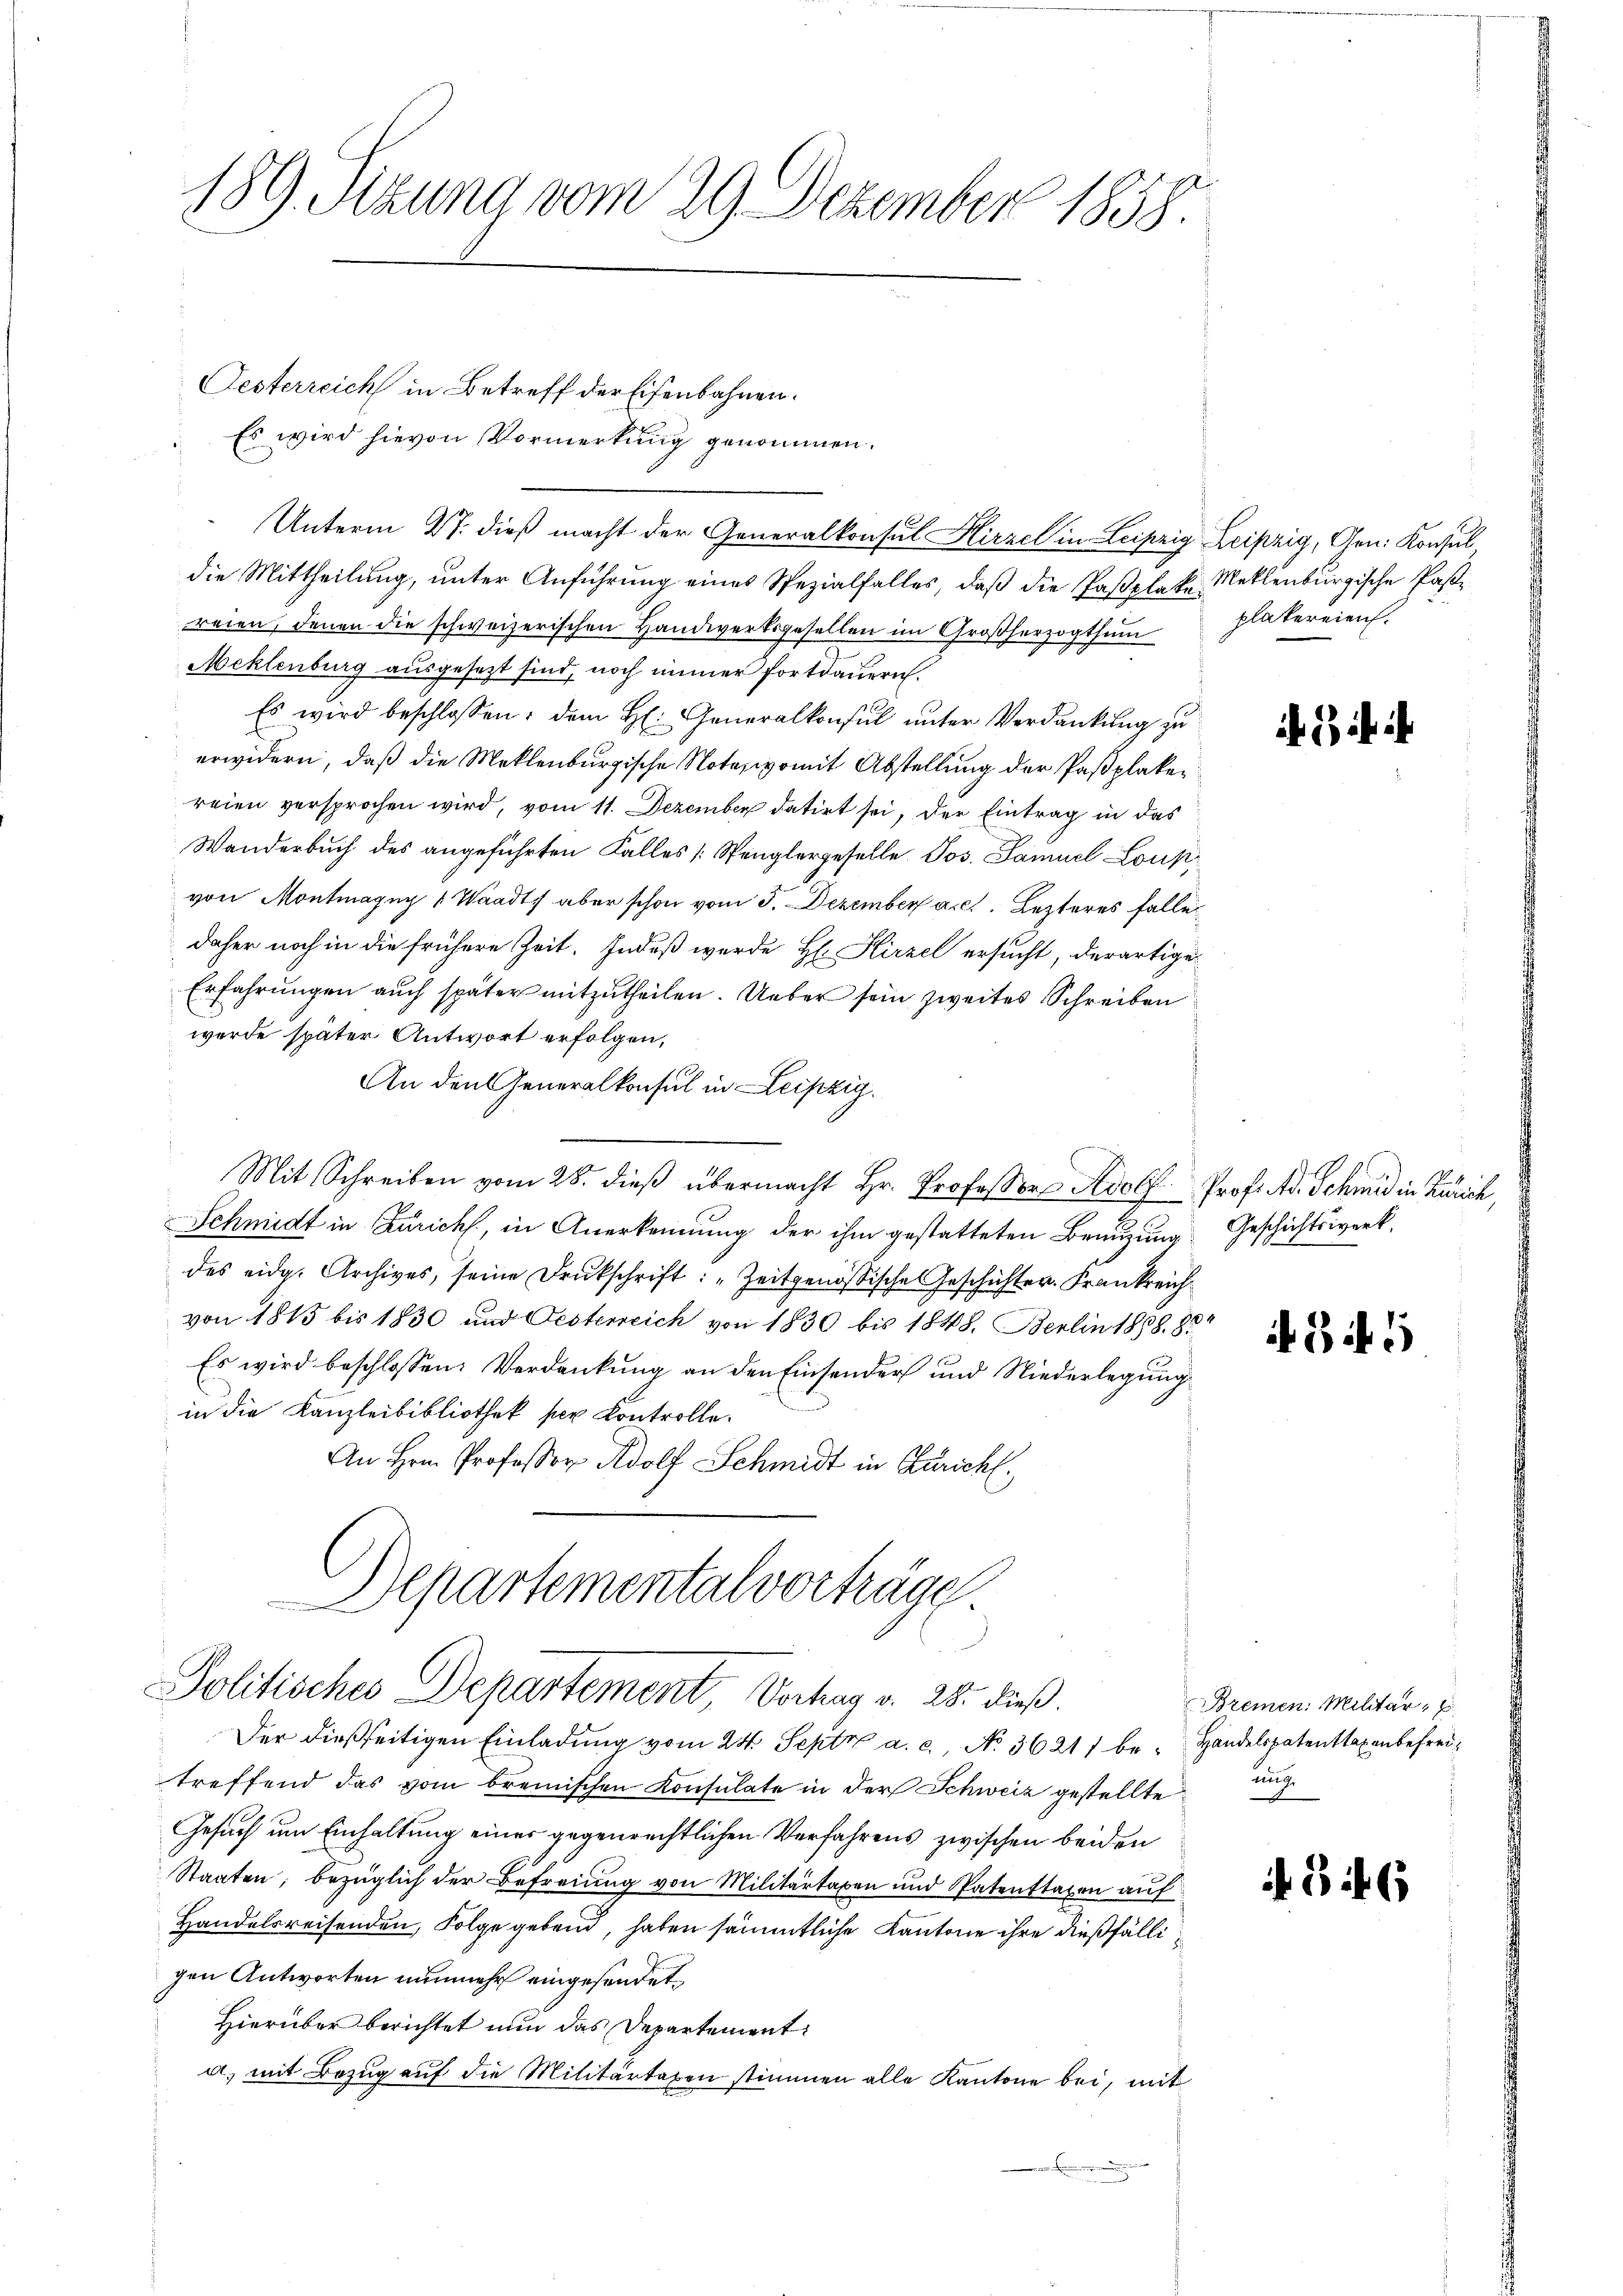
189. Sizung vom 29. Dezember 1858.

Festerreich in Betreff der Eisenbahnen.
Es wird hievon Vormerkung genommen.
Unterm 27. dieß macht der Generalkonsul Hirzel in Leipzig Leipzig, Gen. Konsul
die Mittheilung, unter Anführung eines Spezialfalles, daß die Paßplake Meklenburgische Pasreien, denen die schweizerischen Handwerksgesellen im Großherzogthum
Meklenburg ausgesezt sind, noch immer fortdauern.
Es wird beschlossen: dem H: Generalkonsul unter Verdankung zu
erwidern, daß die Meklenburgische Note, womit Abstellung der Paßplakereien versprochen wird, vom 11. Dezember datirt sei, der Eintrag in das
Wanderbuch des angeführten Falles [Spenglergeselle. Jos. Samuel Lous,
von Montagny 1 Waadt, aber schon vom 3. Dezember a.c. Lezteres falle
daher noch in die frühere Zeit. Indeß wurde H: Hirzel ersucht, derartige
Erfahrungen auch später mitzutheilen. Ueber sein zweites Schreiben
werde später Antwort erfolgen,
An den Generalkonsul in Leipzig.
Mit Schreiben vom 28. dieβ übermacht Hr. Professors Adolf
Schmidt in Zürich, in Anerkennung der ihm gestatteten Benutzung Geschichtswerkdes eidg. Archives, seine Druckschrift: „Zeitgenössische Geschichter Frankreich
von 1815 bis 1830 und Oesterreich von 1830 bis 1848. Berlin 1888. 85
Es wird beschlossen: Verdankung an den Einsender und Niederlegung
in die Kanzleibibliothek per Controlle.
An Hrn. Professor Adolf Schmidt in Zürich.
Departemental vorträge
Politisches Departement, Vorhag v. 28. dieß.
Der dießseitigen Einladung vom 24. Sept. a. c. No. 36211 be- Handelspatenttaxenbefreitreffend das vom brenischen Konsulate in der Schweiz gestellte
Gesuch um Einhaltung einer gegenrechtlichen Verfahrens zwischen beiden
Staaten, bezüglich der Befreiung von Militärtaxen und Patenstaxen auf
Handelsreisenden, Folge gebend, haben sämmtliche Kantone ihre dießfälligen Antworten nunmehr eingesandet.
Hierüber berichtet nun das Departement
a) mit Bezug auf die Militärtaxen stimmen alle Kantone bei, mit

plakereien.

Prof. A. Schmid in Zürich,

Bi 1

Bremen: Militär "
ung.

1 6